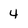
Character: 4